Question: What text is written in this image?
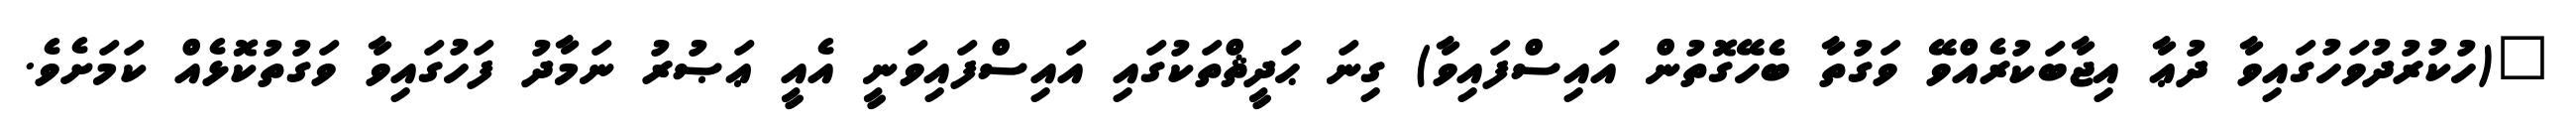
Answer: "(ހުކުރުދުވަހުގައިވާ ދުޢާ އިޖާބަކުރެއްވޭ ވަގުތާ ބެހޭގޮތުން އައިސްފައިވާ) ގިނަ ޙަދީޘްތަކުގައި އައިސްފައިވަނީ އެއީ ޢަޞުރު ނަމާދު ފަހުގައިވާ ވަގުތުކޮޅެއް ކަމަށެވެ.